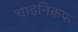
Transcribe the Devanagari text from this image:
चाइनिकफ